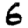
Digit: 6